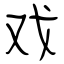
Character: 戏